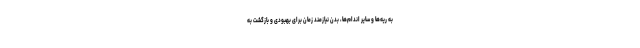
به ریه‌ها و سایر اندام‌ها، بدن نیازمند زمان برای بهبودی و بازگشت به